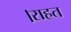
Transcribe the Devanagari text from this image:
।राहत